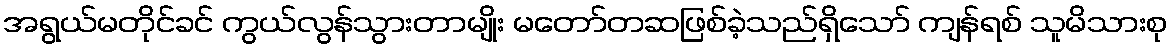
အရွယ်မတိုင်ခင် ကွယ်လွန်သွားတာမျိုး မတော်တဆဖြစ်ခဲ့သည်ရှိသော် ကျန်ရစ် သူမိသားစု